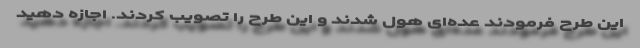
این طرح فرمودند عده‌ای هول شدند و این طرح را تصویب کردند. اجازه دهید